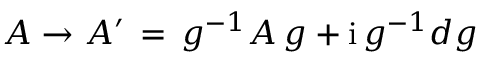
A \to A ^ { \prime } \, = \, g ^ { - 1 } A \, g + \mathrm { i } \, g ^ { - 1 } d g